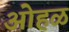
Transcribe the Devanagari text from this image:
ओहळ